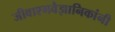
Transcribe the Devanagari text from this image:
जीवाश्मवैज्ञानिकांनी